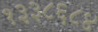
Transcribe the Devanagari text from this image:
१३३८६८४